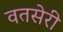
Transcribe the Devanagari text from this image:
वतसेरी